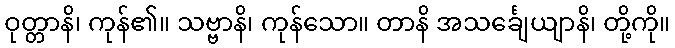
ဝုတ္တာနိ၊ ကုန်၏။ သဗ္ဗာနိ၊ ကုန်သော။ တာနိ အသင်္ချေယျာနိ၊ တို့ကို။